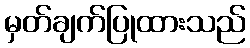
မှတ်ချက်ပြုထားသည်